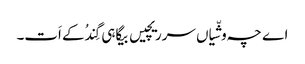
اے چہ وشّیاں سرریچیں بیگاہی گِندُکے اَت۔